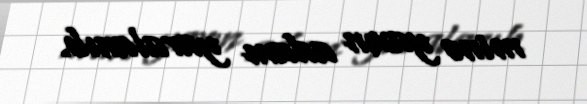
minə yaxın adam yaralanıb.